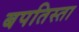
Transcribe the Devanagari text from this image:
बपतिस्ता